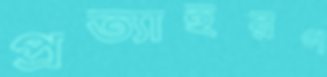
প্রত্যাহরণ